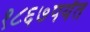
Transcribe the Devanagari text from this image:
१८६७पर्यंत